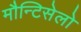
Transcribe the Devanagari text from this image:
मौन्टिसेलो